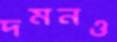
দমনও